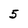
Character: 5